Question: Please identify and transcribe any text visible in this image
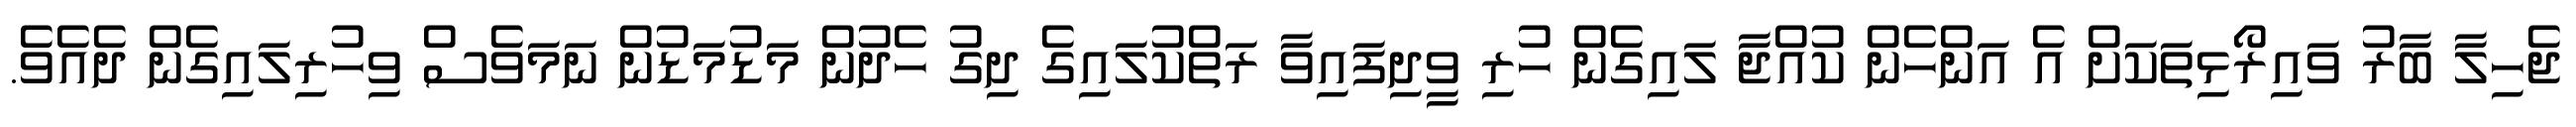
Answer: ޖެހިލާ ބާރު ވައިރޯޅިތަކަށް އެ އަންހެން ކުއްޖާ ލައިގެން ހުރި ވީދިފައިވާ ރަތްކުލައިގެ ދިގު ހެދުން މަޑުމަޑުން ނަމަވެސް ވިހުރިލައިގެން ދެއެވެ.